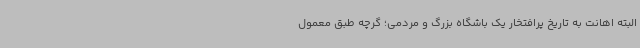
البته اهانت به تاریخ پرافتخار یک باشگاه بزرگ و مردمی؛ گرچه طبق معمول